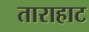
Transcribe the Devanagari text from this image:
ताराहाट